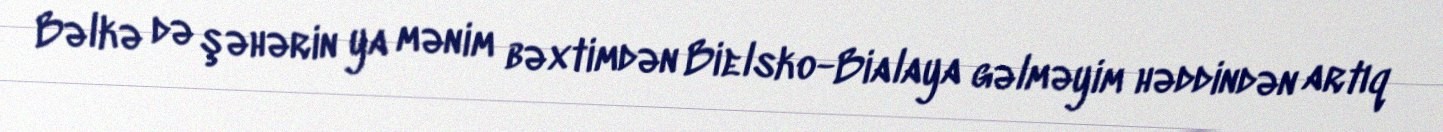
Bəlkə də şəhərin ya mənim bəxtimdən Bielsko-Bialaya gəlməyim həddindən artıq